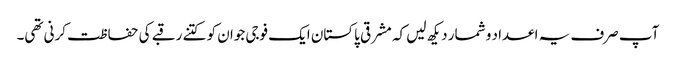
آپ صرف یہ اعداد و شمار دیکھ لیں کہ مشرقی پاکستان ایک فوجی جوان کو کتنے رقبے کی حفاظت کرنی تھی۔